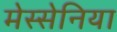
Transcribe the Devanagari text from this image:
मेस्सेनिया